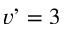
v ’ = 3